Vaccination in Bombay 1889-1901 - 1889-1901
Year: 1889
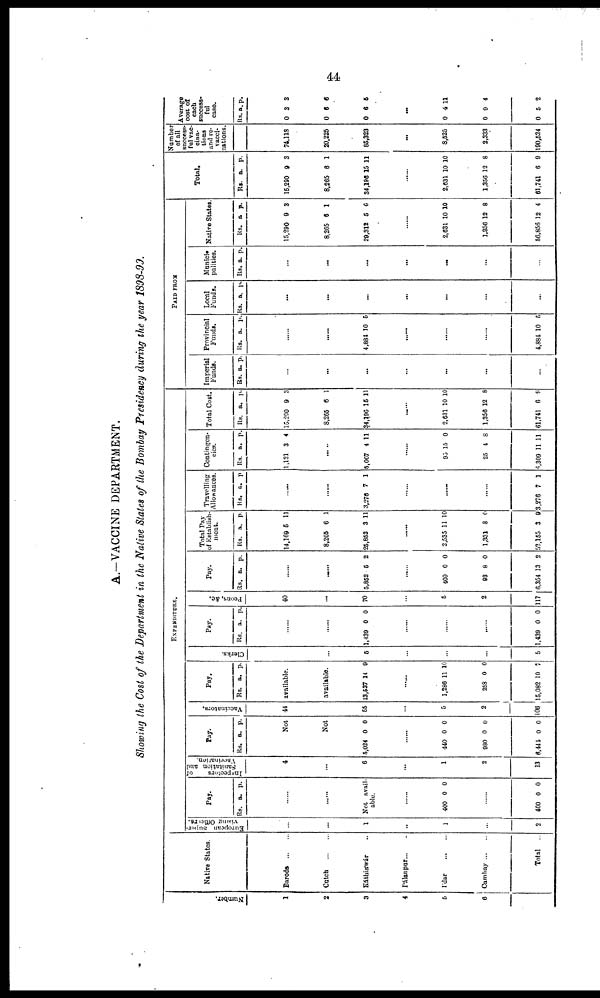
44
A.-VACCINE DEPARTMENT.
Showing the Cost of the Department in the Native States of the Bombay Presidency during the year 1898-99.
Number.
1
2
3
4
5
6
Native States.
Baroda
...
...
Cutch
...
...
Káthiáwár ..
Pálanpur...
I'dar
...
...
Cambay ... ...
Total.
EXPENDITURE.
European Super-
vising Officers.
...
...
1
...
1
...
2
Pay.
Rs. a. p.
......
......
Not avail-
able.
......
400 0 0
......
400 0 0
Inspectors
of
Sanitation and
Vaccination.
4
...
6
...
1
2
13
Pay.
Rs. a. p.
Not
Not
5,024 0 0
......
440
980
6,444
0
0
0
0
0
0
Vaccinators.
44
55
...
5
2
106
Pay.
Rs. a. P.
available.
available.
13,537 14 9
......
1,286
252
15,082
11
0
10
10
0
7
Clerks.
...
5
...
...
...
5
Pay.
Rs. a. p.
......
......
1,139 0 0
......
......
......
l,439 0 0
Peons, &c.
40
...
70
...
5
2
117
Pay.
Rs. a. P.
......
.....
5,852 5 2
......
406
92
6,354
0
8
13
0
0
2
Total Pay
of Establish-
ment.
Rs.
14,169
8,265
25,852
a.
5
6
3
p.
11
1
11
......
2,535
1,33
52,15
11
8
3
10
0
9
Travelling
Allowances.
Rs. a. p.
......
......
3,276 7 1
......
......
......
3,276 7 1
Contingen-
cies.
Rs.
1,121
a.
3
p.
4
......
5,067 4 11
......
95
25
6,309
15
4
11
0
8
11
Total Cost.
Rs.
15,290
8,265
34,196
a.
9
6
15
p.
3
1
11
......
2,631
1,356
61,741
10
12
6
10
8
8
PAID FROM
Imperial
Funds.
Rs. a. p.
...
...
...
...
...
...
...
Provincial
Funds.
Rs. a.
p.
......
......
4,884 10 5
......
......
......
4,884 10 5
Local
Funds.
Rs. a. p.
...
...
...
...
...
...
...
Munici-
palities.
Rs. a. p.
...
...
...
...
...
...
...
Native States.
Rs.
15,290
8,265
29,312
a
9
6
5
p.
3
1
6
......
2,631
1,356
56,856
10
12
12
10
8
4
Total.
Rs.
15,290
8,265
34,196
a.
9
6
15
p.
3
1
11
......
2,631
1,356
61,741
10
12
6
10
8
9
Number
of all
success-
ful vac-
cina-
tions
and re-
vacci-
nations.
74,118
20,225
85,323
...
8,525
2,333
190,524
Average
cost of
each
success-
ful
case.
Rs
0
0
0
a.
3
6
6
p.
3
6
5
...
0
0
0
4
9
5
11
4
2